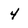
Character: 4